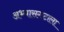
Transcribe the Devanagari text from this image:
अभ्यासगटाला